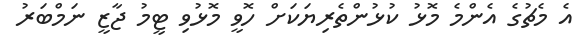
އެ މެޗުގެ އެންމެ މޮޅު ކުޅުންތެރިޔަކަށް ހޮވީ މޮޅުވި ޓީމު ޖާޒީ ނަމްބަރު